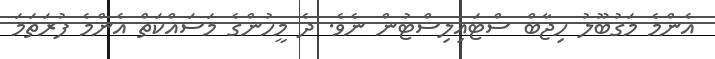
އެންމެ މަގުބޫލު ހިޖާބް ސްޓައިލިސްޓުން ނެވެ. ދެ މީހުންގެ މަސައްކަތް އެންމެ ފުރަތަމަ